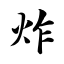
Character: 炸